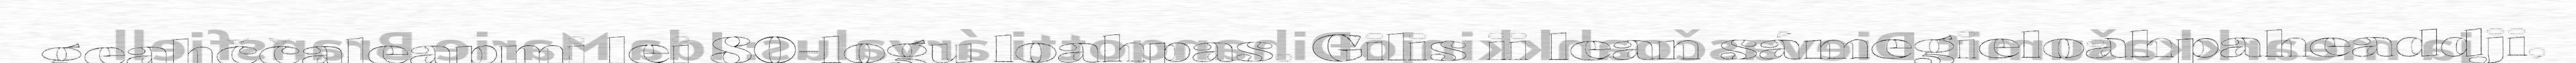
geahččaleapmi lei 80-logu loahpas. Gilis ii lean sámegieloahpaheaddji,